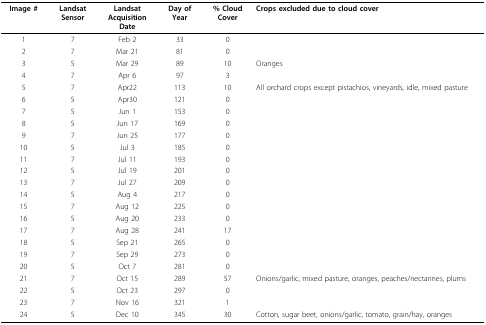
| Image # | LandsatSensor | LandsatAcquisitionDate | Day ofYear | % CloudCover | Crops excluded due to cloud cover |
 | --- | --- | --- | --- | --- | --- |
 | 1 | 7 | Feb 2 | 33 | 0 |  |
 | 2 | 7 | Mar 21 | 81 | 0 |  |
 | 3 | 5 | Mar 29 | 89 | 10 | Oranges |
 | 4 | 7 | Apr 6 | 97 | 3 |  |
 | 5 | 7 | Apr22 | 113 | 10 | All orchard crops except pistachios, vineyards, idle, mixed pasture |
 | 6 | 5 | Apr30 | 121 | 0 |  |
 | 7 | 5 | Jun 1 | 153 | 0 |  |
 | 8 | 5 | Jun 17 | 169 | 0 |  |
 | 9 | 7 | Jun 25 | 177 | 0 |  |
 | 10 | 5 | Jul 3 | 185 | 0 |  |
 | 11 | 7 | Jul 11 | 193 | 0 |  |
 | 12 | 5 | Jul 19 | 201 | 0 |  |
 | 13 | 7 | Jul 27 | 209 | 0 |  |
 | 14 | 5 | Aug 4 | 217 | 0 |  |
 | 15 | 7 | Aug 12 | 225 | 0 |  |
 | 16 | 5 | Aug 20 | 233 | 0 |  |
 | 17 | 7 | Aug 28 | 241 | 17 |  |
 | 18 | 5 | Sep 21 | 265 | 0 |  |
 | 19 | 7 | Sep 29 | 273 | 0 |  |
 | 20 | 5 | Oct 7 | 281 | 0 |  |
 | 21 | 7 | Oct 15 | 289 | 57 | Onions/garlic, mixed pasture, oranges, peaches/nectarines, plums |
 | 22 | 5 | Oct 23 | 297 | 0 |  |
 | 23 | 7 | Nov 16 | 321 | 1 |  |
 | 24 | 5 | Dec 10 | 345 | 30 | Cotton, sugar beet, onions/garlic, tomato, grain/hay, oranges |